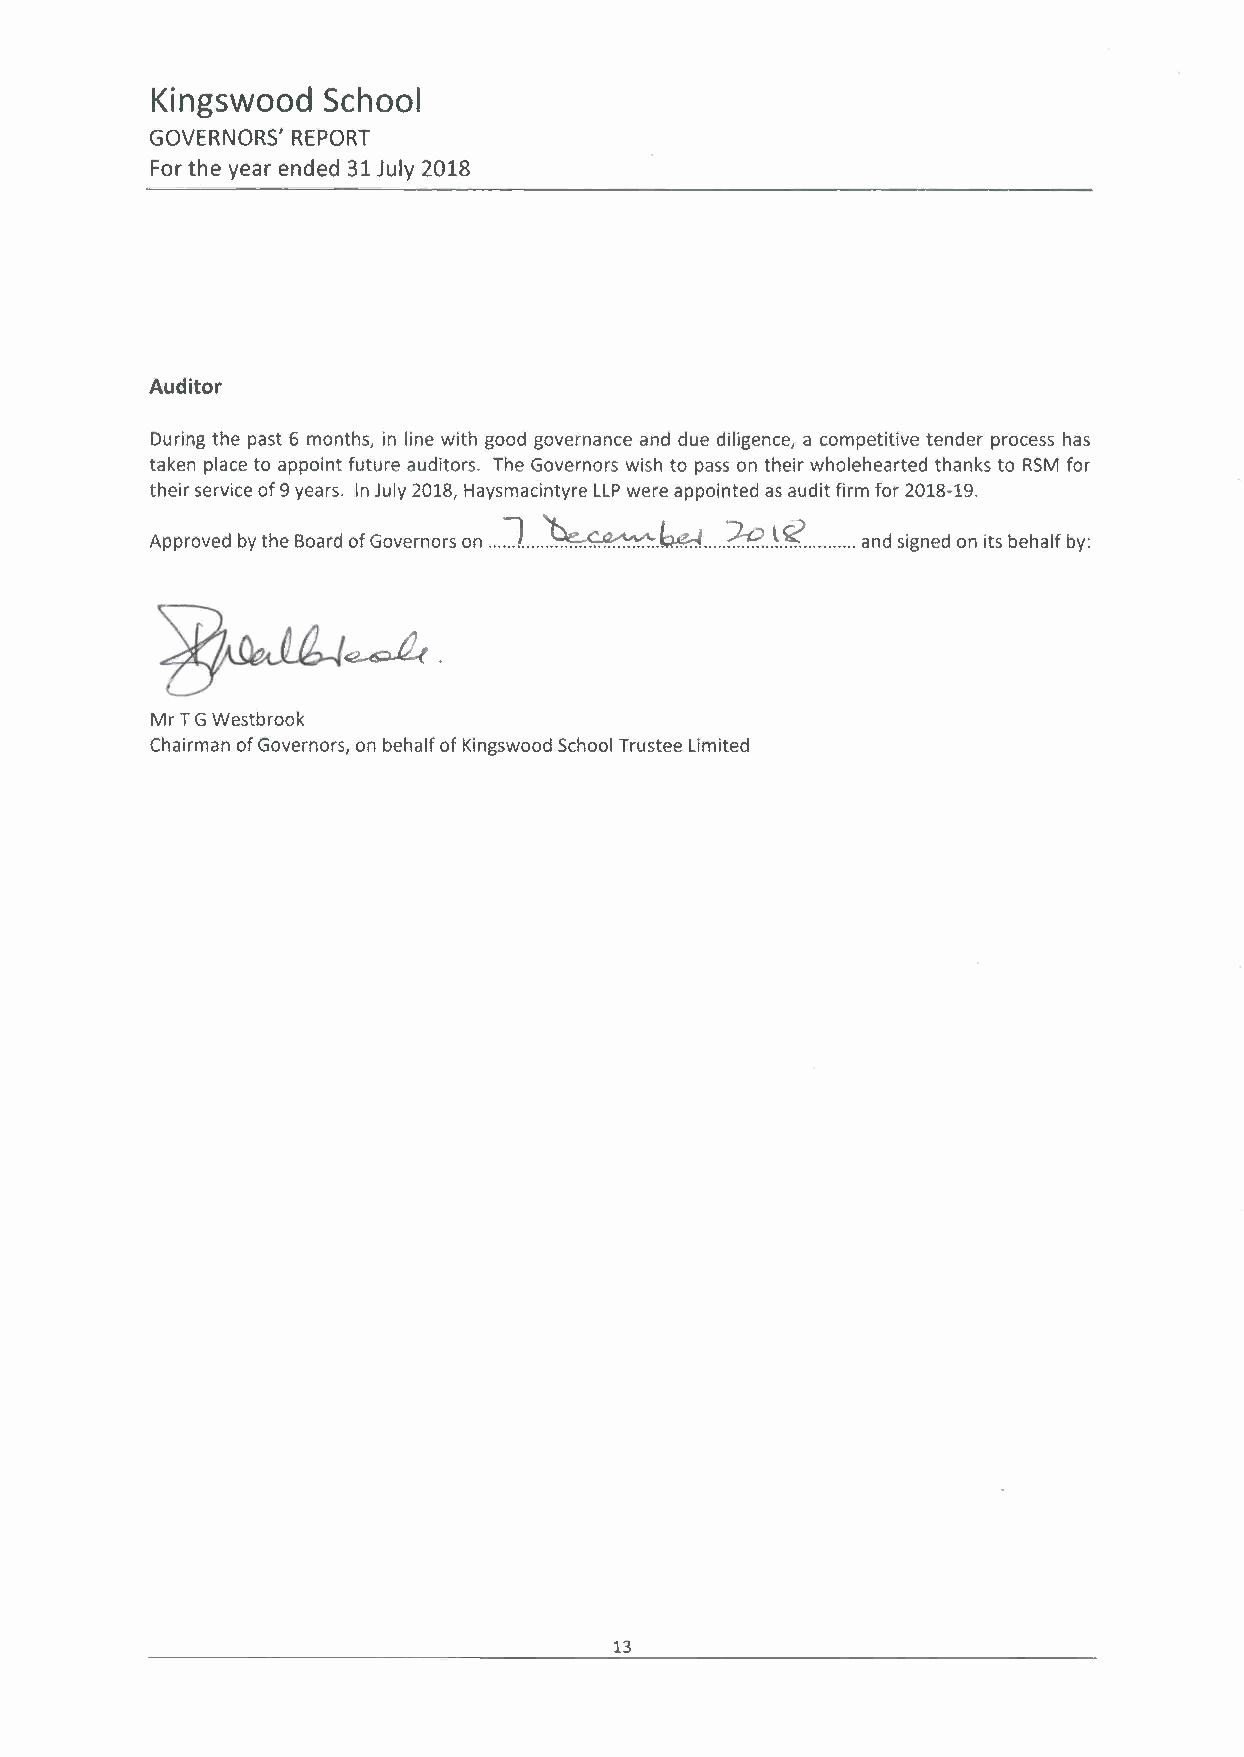
Kingswood  School
 GOVERNORS' REPORT
 For the year ended 31 July 2018
 Auditor
 During the past 6 months, in line with good governance and due diligence, a competitive tender process has
 taken place to appoint future auditors. The Governors wish to pass on their wholehearted thanks to RSM for
 their service of 9 years. In July 2018, Haysmacintyre LLP were appointed as audit firm for 2018-19.
 2:-P. ..~ .~
 Approved by the Board of Governors on ] ~~.~   and signed on its behalf by:
 Mr T G Westbrook
 Chairman of Governors, on behalf of Kingswood School Trustee Limited
 13